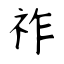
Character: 祚